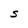
Character: S